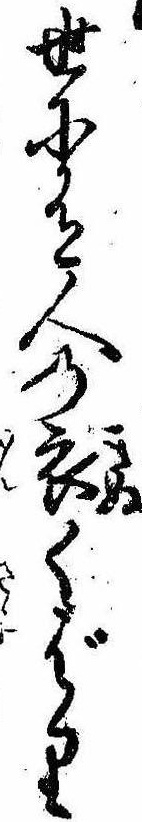
世に有人の衣くばり